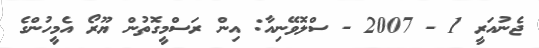
ޖެނުއަރީ 1 - 2007 - ސްލޮވޭނިއާ: އިން ރަސްމީގޮތުން ޔޫރޯ އެމީހުންގެ